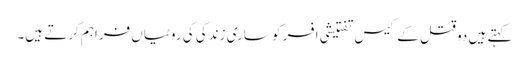
کہتے ہیں دو قتل کے کیس تفتیشی افسر کو ساری زندگی کی روٹیاں فراہم کرتے ہیں۔